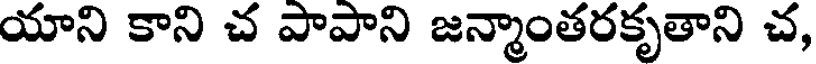
యాని కాని చ పాపాని జన్మాంతరకృతాని చ,